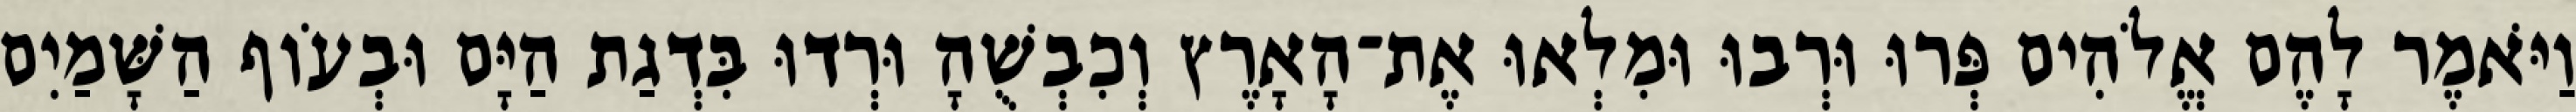
וַיֹּאמֶר לָהֶם אֱלֹהִים פְּרוּ וּרְבוּ וּמִלְאוּ אֶת־הָאָרֶץ וְכִבְשֻׁהָ וּרְדוּ בִּדְגַת הַיָּם וּבְעֹוף הַשָּׁמַיִם